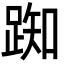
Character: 踟